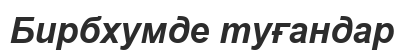
Бирбхумде туғандар